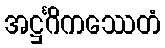
အဋ္ဌင်္ဂိကဿေတံ